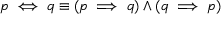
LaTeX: p \iff q \equiv ( p \implies q ) \wedge ( q \implies p )